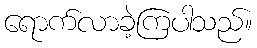
ရောက်လာခဲ့ကြပါသည်။